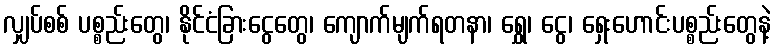
လျှပ်စစ် ပစ္စည်းတွေ၊ နိုင်ငံခြားငွေတွေ၊ ကျောက်မျက်ရတနာ၊ ရွှေ၊ ငွေ၊ ရှေးဟောင်းပစ္စည်းတွေနဲ့